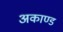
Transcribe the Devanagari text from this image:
अकाण्ड